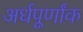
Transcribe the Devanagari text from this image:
अर्धपूर्णांक